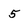
Character: 5